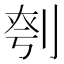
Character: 𪟉